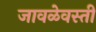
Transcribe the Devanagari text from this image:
जावळेवस्ती